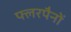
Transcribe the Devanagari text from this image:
फ्लरपैनों